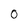
Character: 0